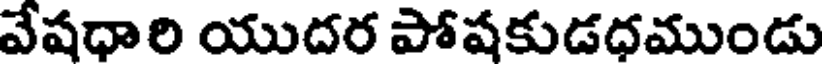
వేషధారి యుదర పోషకుడధముండు